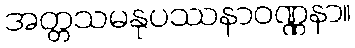
အတ္တသမနုပဿနာဝဏ္ဏနာ။